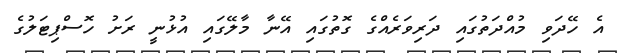
އެ ހޭދަވި މުއްދަތުގައި ދަރިވަރެއްގެ ގޮތުގައި އޭނާ މާލޭގައި އުޅުނީ ރަށު ހޮސްޕިޓަލުގެ